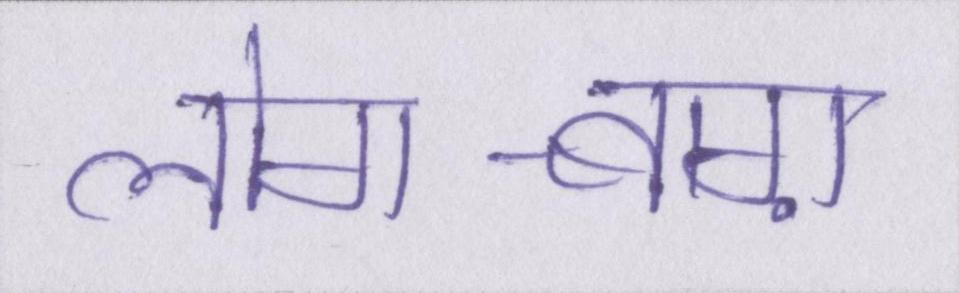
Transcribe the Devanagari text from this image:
लोग-बाग़